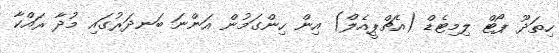
ހިތަދޫ ޕޯޓް ލިމިޓެޑް (އެޗްޕީއެލް) އިން ހިންގަމުން އަންނަ ބަނދަރުގައި މުދާ ރައްކާ